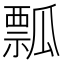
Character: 瓢